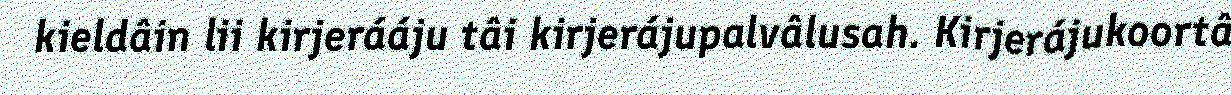
kieldâin lii kirjerááju tâi kirjerájupalvâlusah. Kirjerájukoortâ